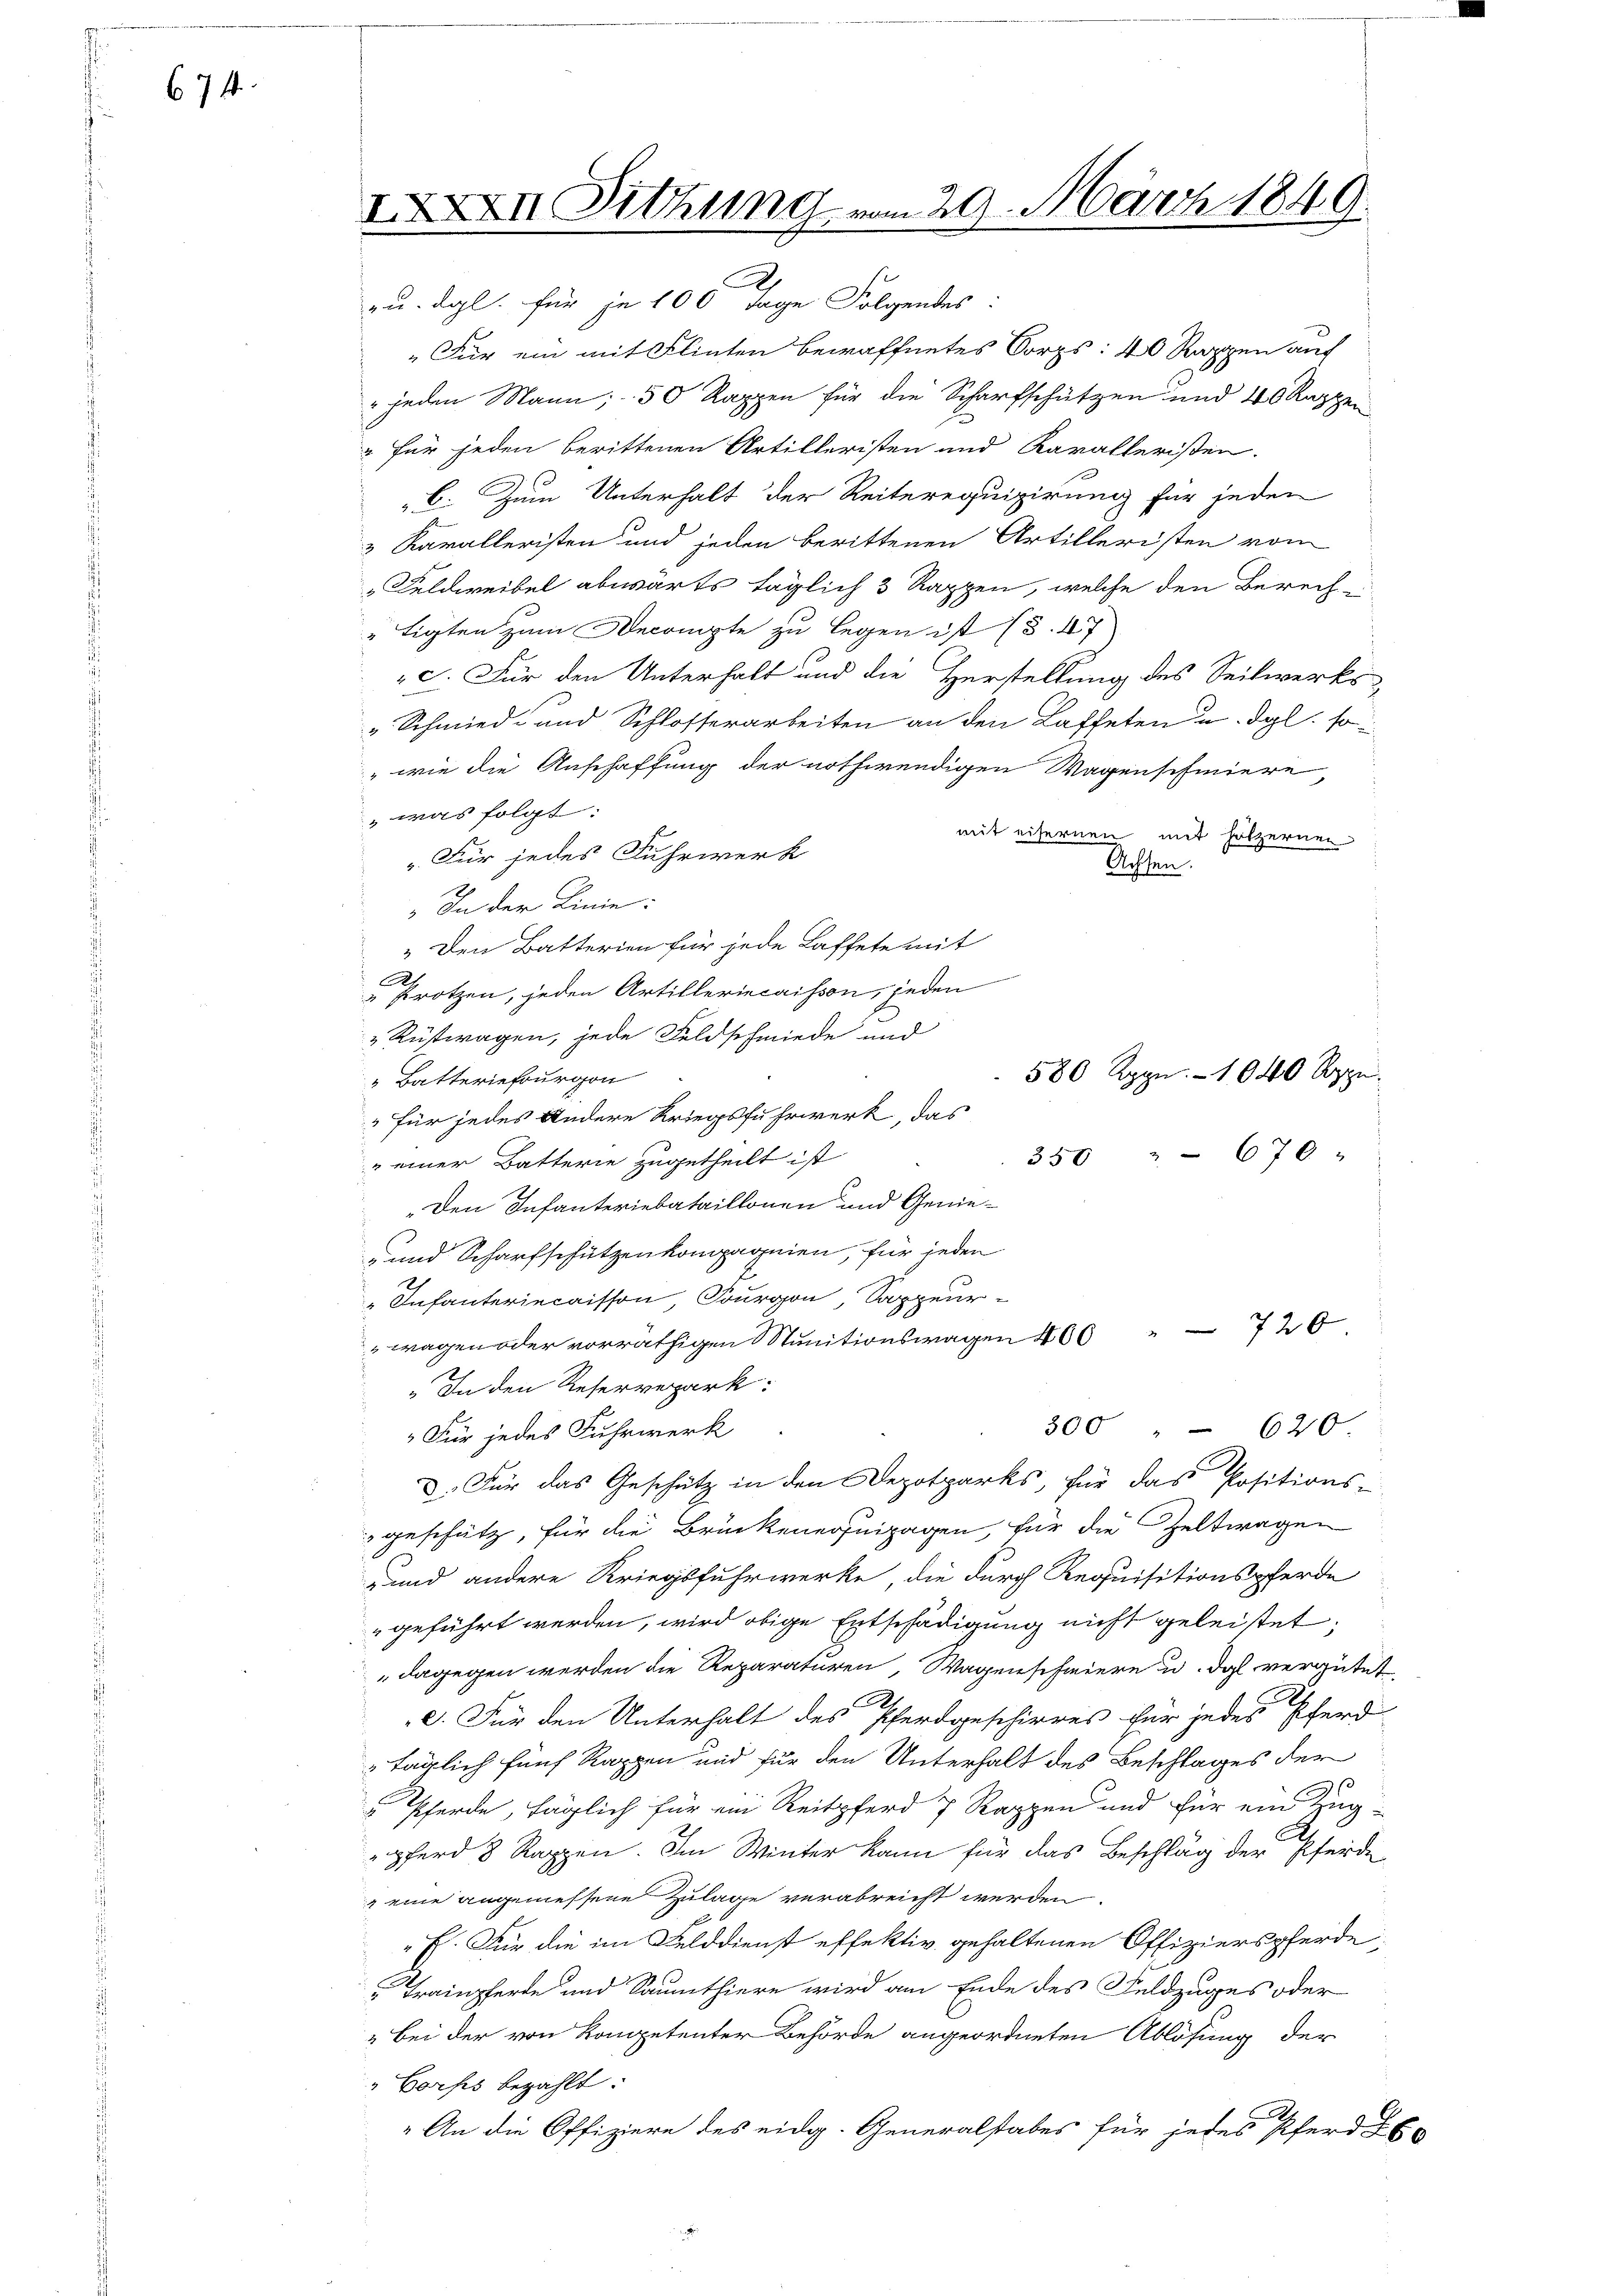
674

XXXII Sitzung vom 29. März 1849

au. dgl. für je 100 Tage Folgendes:
"Für ein mit Flinten bewaffnetes Corps: 40 Rappen auf
" jeden Mann; 50 Rappen für die Scharfschützen und 40 Rappen
" für jeden berittenen Artilleristen und Karalleristen.
C. Zum Unterhalt der Reiterequipirung für jeden
3 Kavalleristen und jeden berittenen Artilleristen vom
 Feldweibel abwärts täglich 3 Rappen, welche den Berech
"tigten zum Decompte zu legen ist (§. 47
c. Für den Unterhalt und die Herstellung des Seitwerks
" Schmied- und Schlosserarbeiten an den Laffeten u. dgl. so¬
" wie die Anschaffung der nothwendigen Wagenschmiere
was folgt:
mit eifernen mit hölzernen
„Für jedes Fuhrwerk
Achsen.
" In der Linie:
„Den Batterien für jede Laffete mit
A.
" Protzen, jeden Artilleriecaisson, jeden
„Rustwagen, jede Feldschmiede und
580 Rppn. 1040 Rppn.
" Batteriefourgon
" für jedes Andere Kriegsfuhrwerk, das
670
350
" einer Batterie zugetheilt ist
„Den Infanteriebataillonen und Genie¬
 und Scharfschützenkompagnien, für jeden
" Infanteriecaisson, Fourgon Sappeur-
wagen oder vorräthigen Stunitionswagen 466 " 726
„In den Reserverpark:
300 " 620
"Für jedes Fuhrwerk
D. Für das Geschütz in den Depotparks, für das Positions-
" geschätz, für die Brückenerseipagen, für die Geltwagen
und andere Kriegsfuhrwerke, die durch Requisitionspferde
geführt werden, wird obige Entschädigung nicht geleistet.
dagegen werden die Reparaturen, Wagenschmiere u. dgl vergütet,
e. Für den Unterhalt des Pferdgeschirres für jedes Pferd
täglich fünf Kappen und für den Unterhalt des Beschlages der
Pferde, täglich für ein Reitpferd 7 Rappen und für ein Zug-
pferd 8 Rappen. Im Winter kann für das Beschlag der Pferde
" eine angemessene Zulage verabreicht werden.
E. Für die im Felddienst effektiv gehaltenen Offizierspferde
Trainpferde und Saumthiere wird am Ende des Feldzuges oder
"bei der von Kompetenter Behörde angeordneten Ablösung der
" Corps bezahlt:
„An die Offiziere des eidg. Generalstabes für jedes Pferd Ex